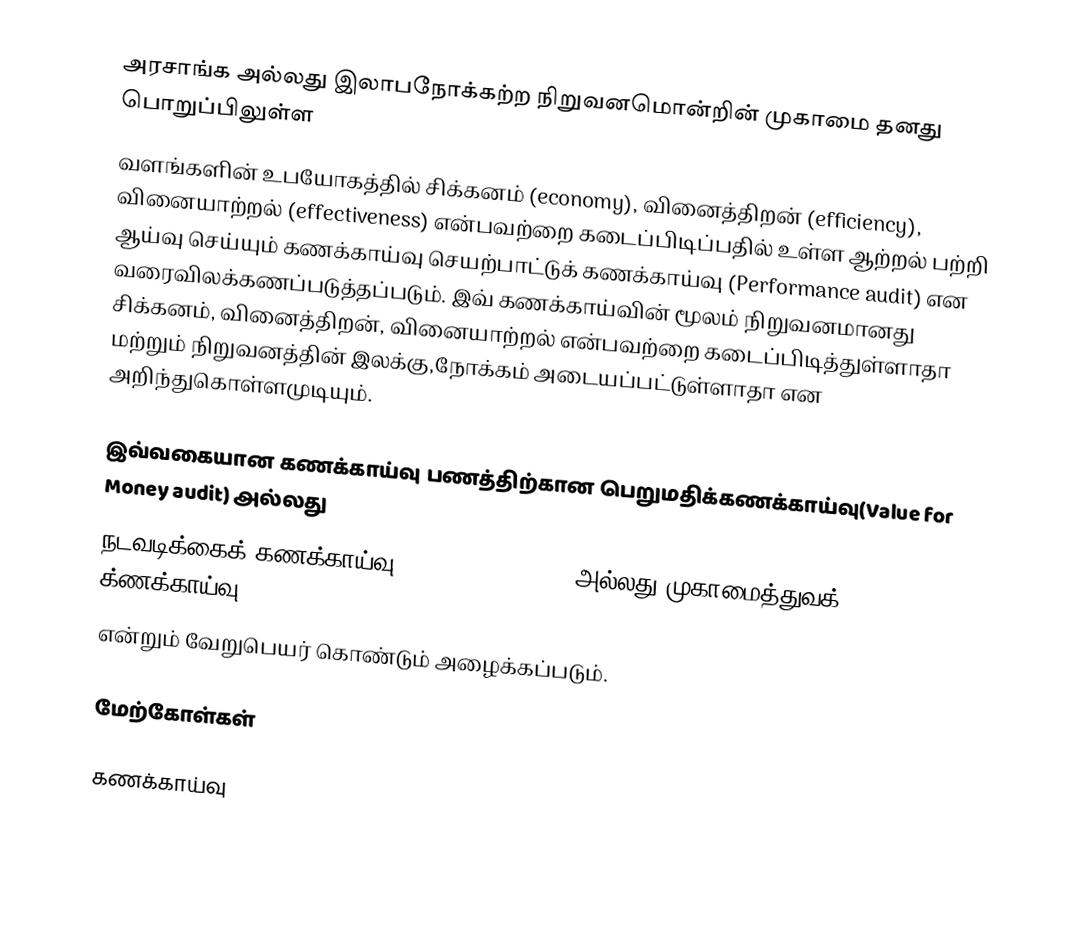
அரசாங்க அல்லது இலாபநோக்கற்ற நிறுவனமொன்றின் முகாமை தனது பொறுப்பிலுள்ள
வளங்களின் உபயோகத்தில் சிக்கனம் (economy), வினைத்திறன் (efficiency), வினையாற்றல் (effectiveness) என்பவற்றை கடைப்பிடிப்பதில் உள்ள ஆற்றல் பற்றி ஆய்வு செய்யும் கணக்காய்வு செயற்பாட்டுக் கணக்காய்வு (Performance audit) என வரைவிலக்கணப்படுத்தப்படும். இவ் கணக்காய்வின் மூலம் நிறுவனமானது சிக்கனம், வினைத்திறன், வினையாற்றல் என்பவற்றை கடைப்பிடித்துள்ளாதா மற்றும் நிறுவனத்தின் இலக்கு,நோக்கம் அடையப்பட்டுள்ளாதா என அறிந்துகொள்ளமுடியும்.

இவ்வகையான கணக்காய்வு பணத்திற்கான பெறுமதிக்கணக்காய்வு(Value for Money audit) அல்லது
நடவடிக்கைக் கணக்காய்வு(Operational audit),அல்லது முகாமைத்துவக் க்ணக்காய்வு(Management audit)
என்றும் வேறுபெயர் கொண்டும் அழைக்கப்படும்.

மேற்கோள்கள்

கணக்காய்வு